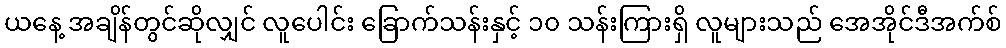
ယနေ့ အချိန်တွင်ဆိုလျှင် လူပေါင်း ခြောက်သန်းနှင့် ၁၀ သန်းကြားရှိ လူများသည် အေအိုင်ဒီအက်စ်